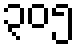
၃၀၅